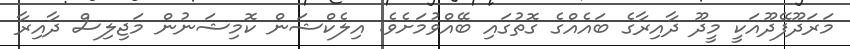
މަރަދޫފޭދޫއަކީ މީދޫ ދާއިރާގެ ބައެއްގެ ގޮތުގައި ބޭއްވުމަށެވެ. އިލެކްޝަން ކޮމިޝަނުން މަޖިލިސް ދާއިރާ